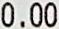
0.00